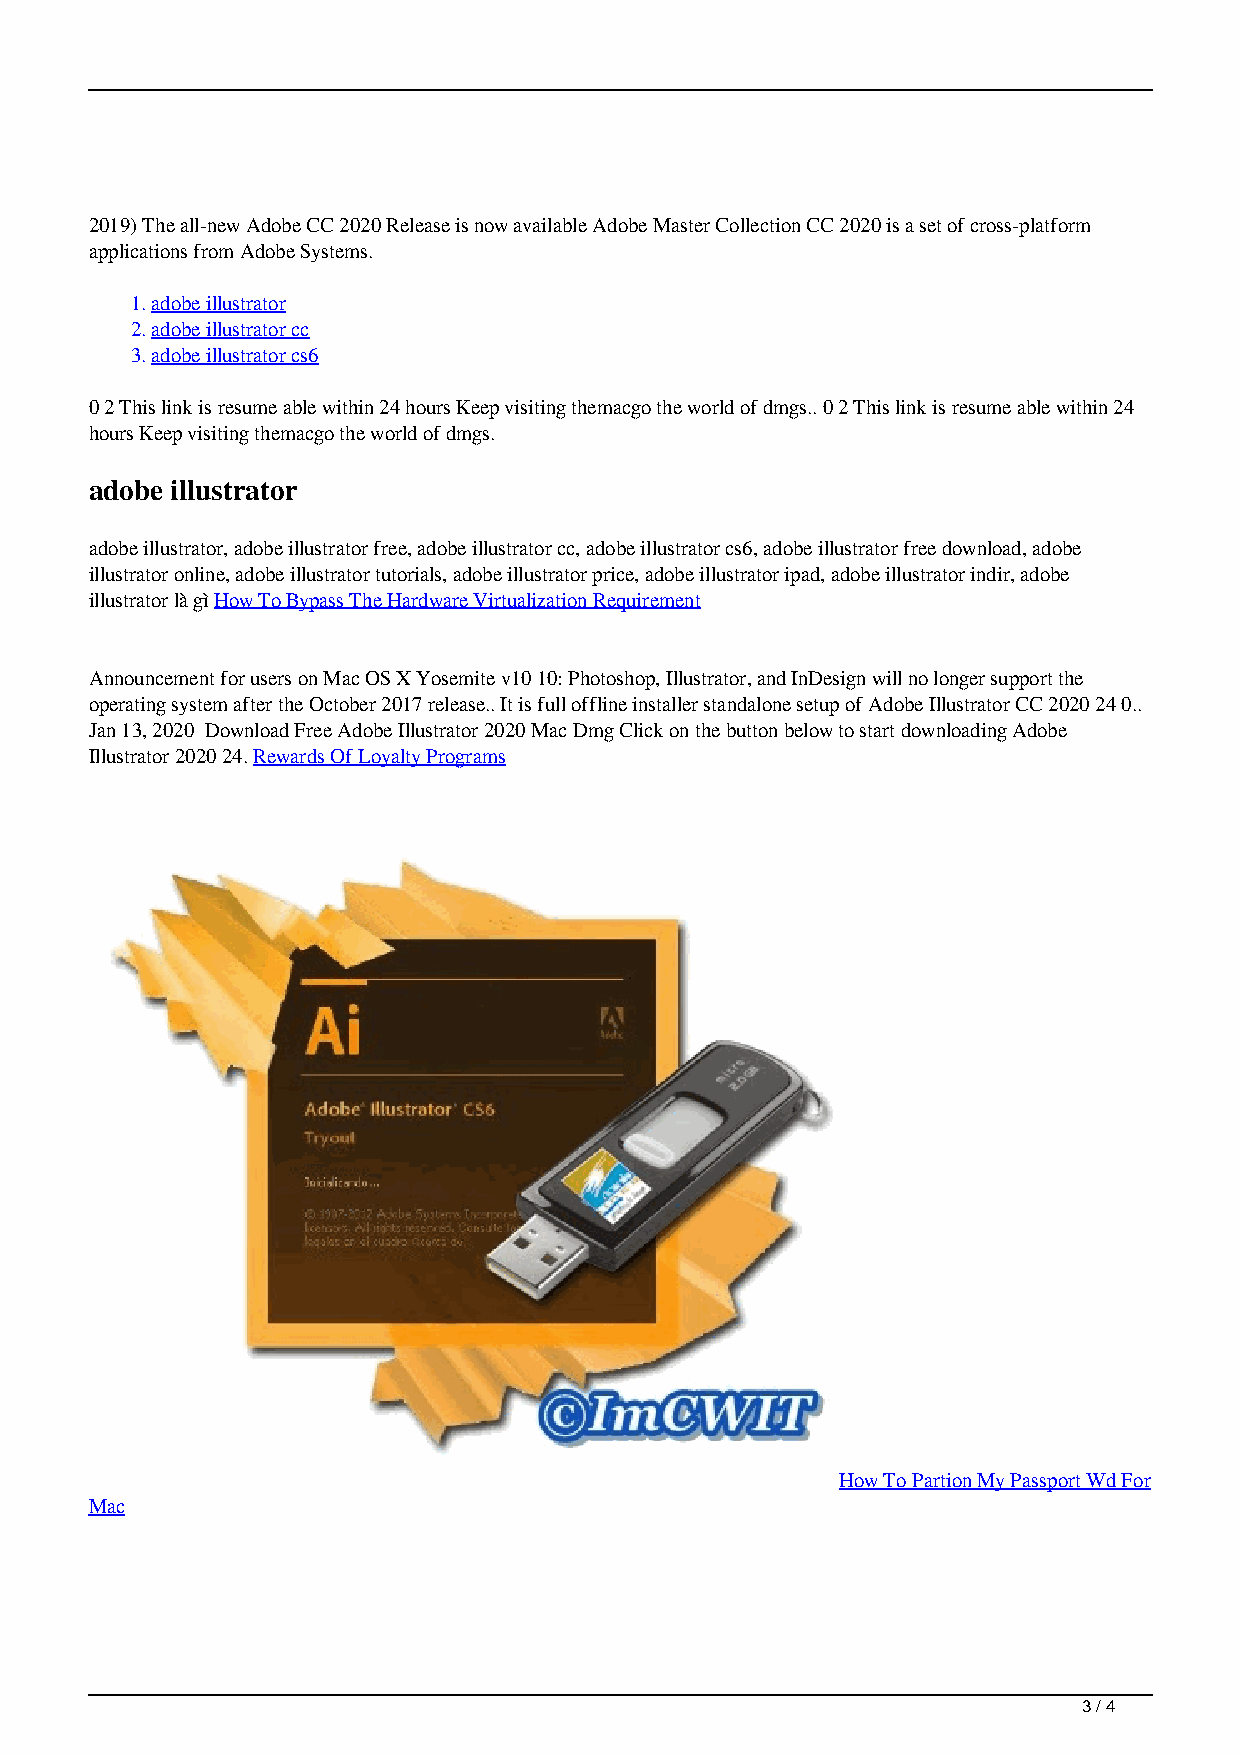
2019) The all-new Adobe CC 2020 Release is now available Adobe Master Collection CC 2020 is a set of cross-platform
 applications from Adobe Systems.
 1.adobe illustrator
 2.adobe illustrator cc
 3.adobe illustrator cs6
 0 2 This link is resume able within 24 hours Keep visiting themacgo the world of dmgs.. 0 2 This link is resume able within 24
 hours Keep visiting themacgo the world of dmgs.
 adobe illustrator
 adobe illustrator, adobe illustrator free, adobe illustrator cc, adobe illustrator cs6, adobe illustrator free download, adobe
 illustrator online, adobe illustrator tutorials, adobe illustrator price, adobe illustrator ipad, adobe illustrator indir, adobe
 illustrator là gì How To Bypass The Hardware Virtualization Requirement
 Announcement for users on Mac OS X Yosemite v10 10: Photoshop, Illustrator, and InDesign will no longer support the
 operating system after the October 2017 release.. It is full offline installer standalone setup of Adobe Illustrator CC 2020 24 0..
 Jan 13, 2020 Download Free Adobe Illustrator 2020 Mac Dmg Click on the button below to start downloading Adobe
 Illustrator 2020 24. Rewards Of Loyalty Programs
 How To Partion My Passport Wd For
 Mac
 3 / 4